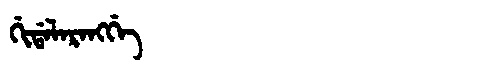
Manchu: ᡤᡳᡩᠠᠯᠠᡵᠠᠩᡤᡝ
Romanization: GIDALARANGGE